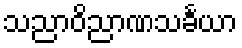
သညာဝိညာဏသင်္ခယာ